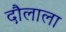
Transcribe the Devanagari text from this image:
दौलाला